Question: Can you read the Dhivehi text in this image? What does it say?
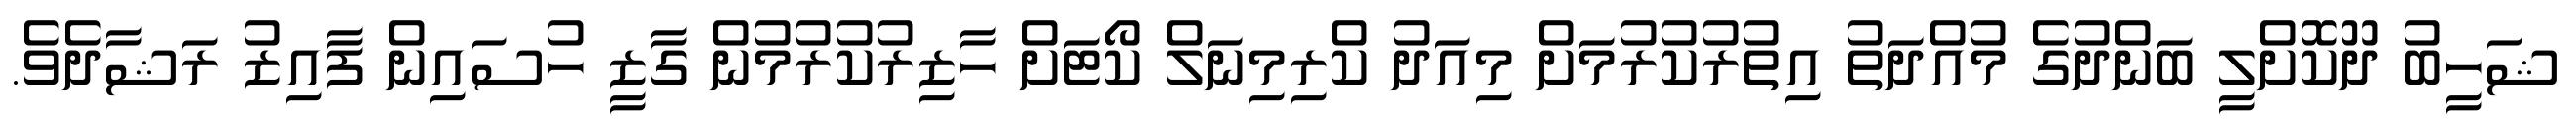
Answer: ޝަހީބު ދޫކޮށްލީ ބަންދުގެ މުއްދަތު އިތުރުކުރުމަށް މިއަދު ކްރިމިނަލް ކޯޓަށް ހާޒިރުކުރުމުން ގާޒީ ހުސައިން ފާއިޒު ރަޝާދެވެ.